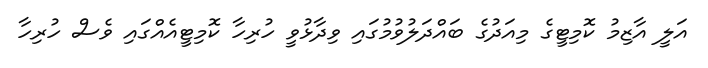
އަލީ އާޒިމު ކޮމިޓީގެ މިއަދުގެ ބައްދަލުވުމުގައި ވިދާޅުވީ ހުރިހާ ކޮމިޓީއެއްގައި ވެސް ހުރިހާ